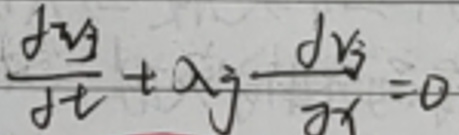
$\frac{\partial v_j}{\partial t} + \alpha_j \frac{\partial v_j}{\partial x} = 0$